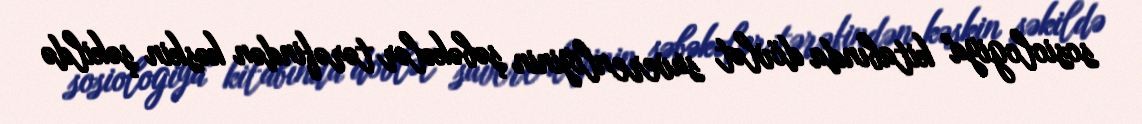
sosiologiya" kitabında dövlət suverenliyinin şəbəkələr tərəfindən kəskin şəkildə